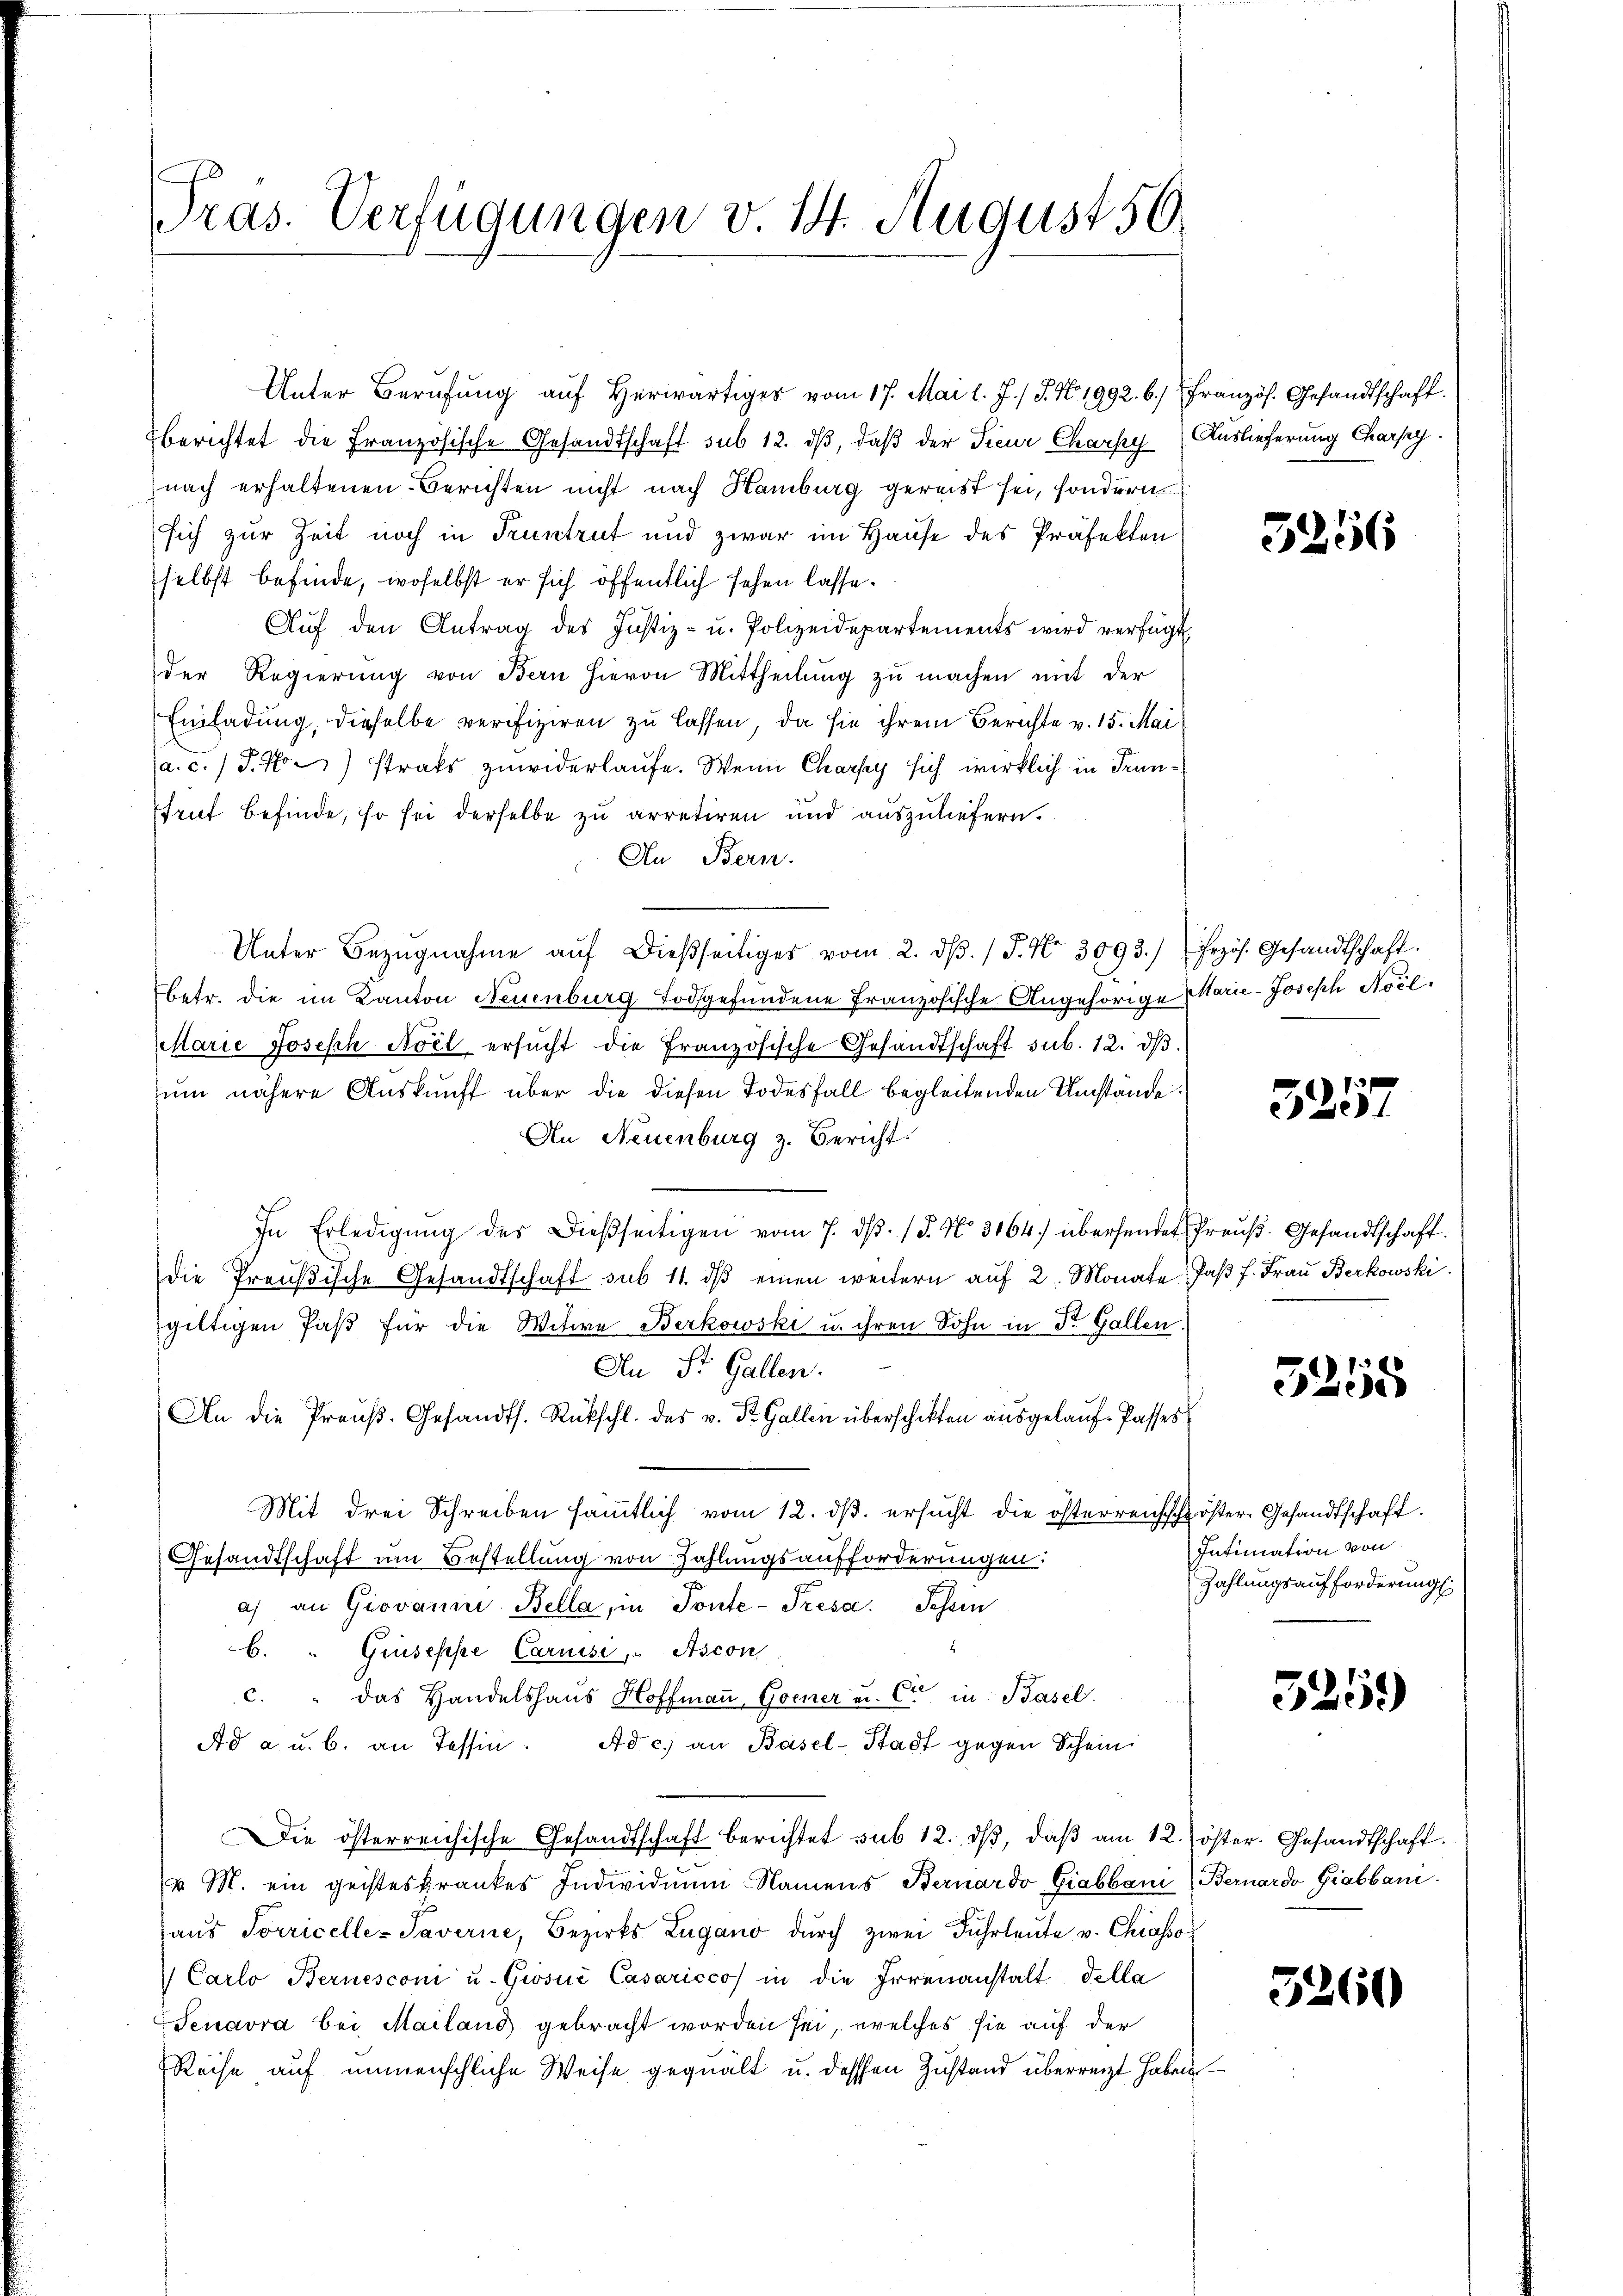
Pras. Verfügungen v. 14. August 50

berichtet die Französische Gesandtschaft sub 12. dβ, daß der Sieur Charhy Auslieferung Charpy.
nach erhaltenen Berichten nicht nach Hamburg gereist sei, sondern
sich zur Zeit noch in Pruntrut und zwar im Hause des Präfekten
selbst befinde, woselbst er sich öffentlich sehen lasse.
Auf den Antrag des Justiz- u. Polizeidepartements wird verfügt
der Regierŭng von Bern hievon Mittheilung zŭ machen mit der
Einladung, dieselbe verifiziren zu lassen, da sie ihrem Berichte v. 15. Mai
(a. c.) P. Nr.) strats zuwiderlaufe. Wenn Charpy sich wirklich in Trunruf befinde, so sei derselbe zu arretiren und auszuliefern.
An Bern.
Unter Bezŭgnahme aŭf dießseitiges vom 2. dβ. / J. No. 3093.) Frzös. Gesandtschaft.
betr. die im Kanton Neuenburg Todfgefundene Französische Angehörige Marie-Joseph Noel.
Marie Joseph Aoel ersŭcht die Französische Gesandtschaft sub. 12. dβ.
sum nähere Auskunft über die diesen Todesfall begleitenden Umstände:
An Neuenburg z. Bericht.
In Erledigŭng des Dießseitigen vom 7. dβ. / 5. No. 3164) übersendet Preuß. Gesandtschaft.
die Preußische Gesandtschaft sub 11. dβ einen weitern auf 2. Monate Jaβ f. Frau Berkowski
gültigen Paβ für die Witwe Berkowski u. ihren Sohn in Dr. Gallen.
An St. Gallen.
An die Preŭβ-Gesandts. Rückschl. des v. St. Gallen überschikten ausgelaŭf- Passes
Mit drei Schreiben sämmtlich vom 12. ds. ersucht die österreichschgöster Gesandtschaft.
Gesandtschaft um Bestellung von Zahlungsaufforderungen:
a) an Giovanin-Bella, in Toute- Presa. Schein
5
b. " Giuseppe Carnisi, Ascon
c. " das Handelshaus Hoffmaṅ, Gener u. Cie in Basel.
Ad a u. b. an Tessin. Ad c.) an Basel-Stadt gegen Schein
Die österreichische Gesandtschaft berichtet sub 12. dβ, daß am 12. öster. Gesandtschaft.
v. M. ein geisteskrankes Individuum Namens Bernardo Giabbani (Bernardo Giabbani.
haus Sorricelle-Paverne, Bezirks Zugano durch zwei Fuhrleute v. Chiasso
Carlo Bernesconi u. Giosić Casaricco in die Irrenanstalt della
Tenavra bei Mailand gebracht worden sei, welches sie auf der
Reise auf unmenschliche Weise gequält u. dessen Zustand überreizt haben

Unter Berufung auf herwärtiges vom 17. Mai l. J. / J. No. 1992. b.) Französ. Gesandtschaft

5256

x
325.

5255

Intimation von
Zahlungsaufforderung

325.

5260